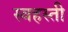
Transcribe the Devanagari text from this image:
स्वहस्ती